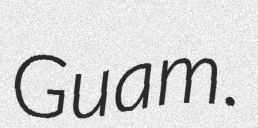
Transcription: Guam.